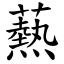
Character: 爇